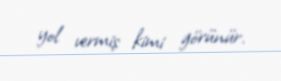
yol vermiş kimi görünür.